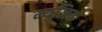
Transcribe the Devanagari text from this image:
म्यूजि़क